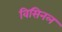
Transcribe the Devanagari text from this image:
विसिनल